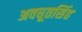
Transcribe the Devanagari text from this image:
अवधूतसिंह